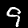
Digit: 9